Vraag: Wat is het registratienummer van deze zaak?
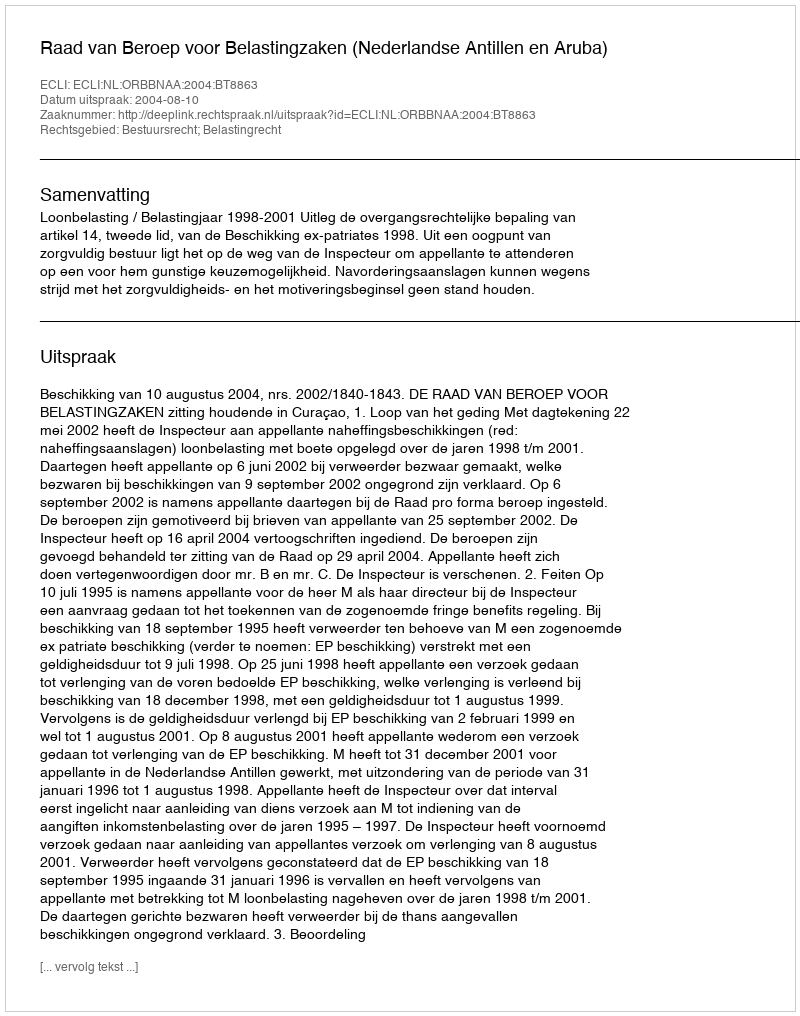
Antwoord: http://deeplink.rechtspraak.nl/uitspraak?id=ECLI:NL:ORBBNAA:2004:BT8863